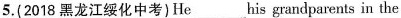
5.(2018 黑龙江绥化中考)He___his grandparents in the